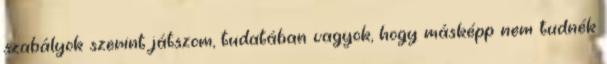
szabályok szerint játszom, tudatában vagyok, hogy másképp nem tudnék